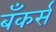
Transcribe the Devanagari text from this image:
बँकर्स